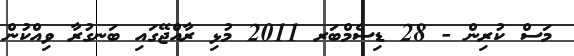
މަސް ކުރިން - 28 ޑިސެމްބަރ 2011 މުޅި ރާއްޖޭގައި ބަނގުރާ ވިއްކުން